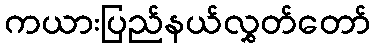
ကယားပြည်နယ်လွှတ်တော်